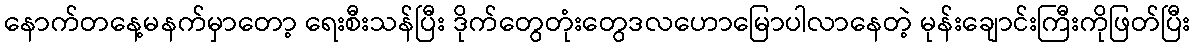
နောက်တနေ့မနက်မှာတော့ ရေးစီးသန်ပြီး ဒိုက်တွေတုံးတွေဒလဟောမြောပါလာနေတဲ့ မုန်းချောင်းကြီးကိုဖြတ်ပြီး